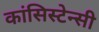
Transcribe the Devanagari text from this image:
कांसिस्टेन्सी